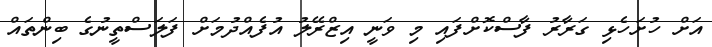
އަށް ހުށަހެޅި ގަރާރު ފާސްކޮށްފައި މި ވަނީ އިޒްރޭލު އުފެއްދުމަށް ފަލަސްތީނުގެ ބިންތައް